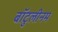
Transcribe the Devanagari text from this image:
बॉटुलीनम